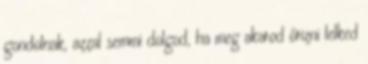
gondolnak, azzal semmi dolgod, ha meg akarod őrizni lelked